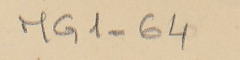
MG1-64